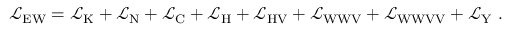
{ \mathcal { L } } _ { \mathrm { E W } } = { \mathcal { L } } _ { \mathrm { K } } + { \mathcal { L } } _ { \mathrm { N } } + { \mathcal { L } } _ { \mathrm { C } } + { \mathcal { L } } _ { \mathrm { H } } + { \mathcal { L } } _ { \mathrm { H V } } + { \mathcal { L } } _ { \mathrm { W W V } } + { \mathcal { L } } _ { \mathrm { W W V V } } + { \mathcal { L } } _ { \mathrm { Y } } ~ .